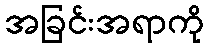
အခြင်းအရာကို